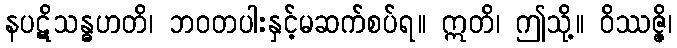
နပဋိသန္ဓဟတိ၊ ဘဝတပါးနှင့်မဆက်စပ်ရ။ ဣတိ၊ ဤသို့။ ဝိဿဇ္ဇိ၊